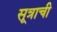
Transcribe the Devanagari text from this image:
सूत्राची